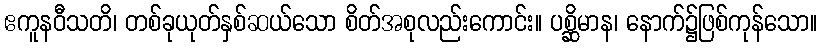
ဧကူနဝီသတိ၊ တစ်ခုယုတ်နှစ်ဆယ်သော စိတ်အစုလည်းကောင်း။ ပစ္ဆိမာန၊ နောက်၌ဖြစ်ကုန်သော။